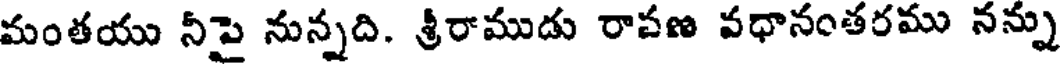
మంతయు నీపై నున్నది. శ్రీరాముడు రాపణ వధానంతరము నన్ను